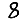
Digit: 8